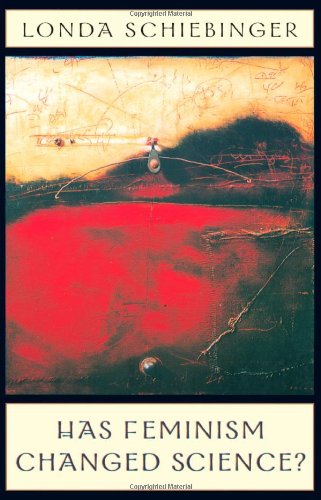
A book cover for Has Feminism Changed Science?; Londa Schiebinger; Gay & Lesbian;